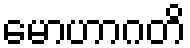
မောဟာဂတိ